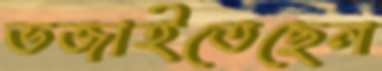
ভজাইতেছেন